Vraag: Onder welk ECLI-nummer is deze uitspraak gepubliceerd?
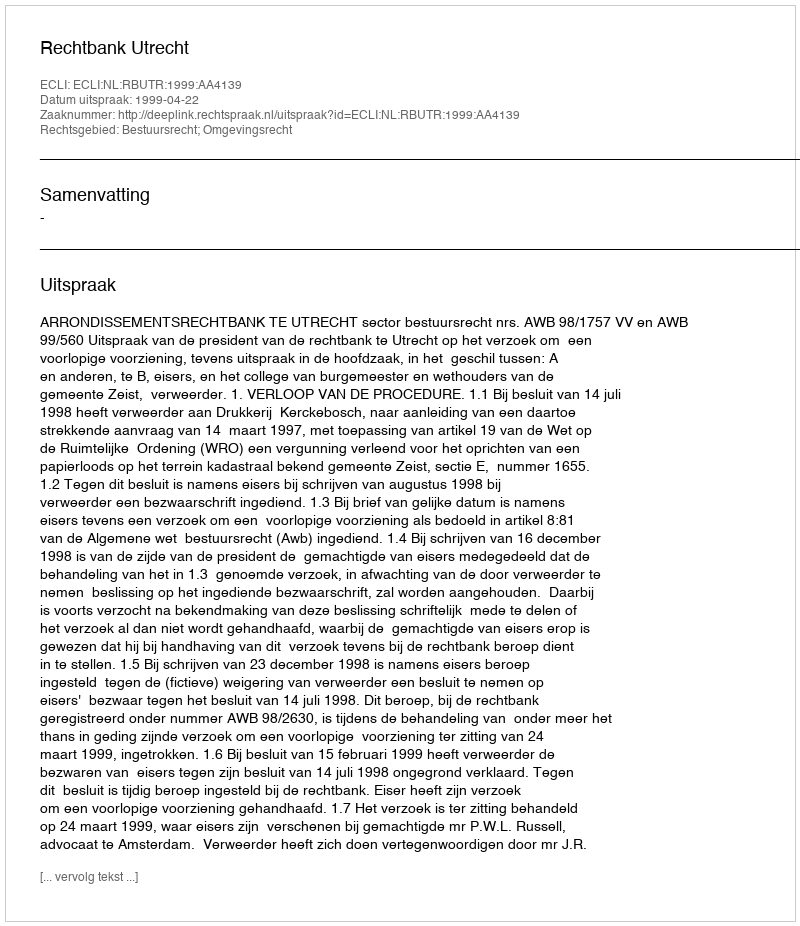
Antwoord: ECLI:NL:RBUTR:1999:AA4139